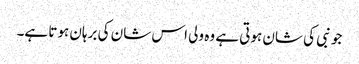
جو نبی کی شان ہوتی ہے وہ ولی اس شان کی برہان ہوتا ہے۔